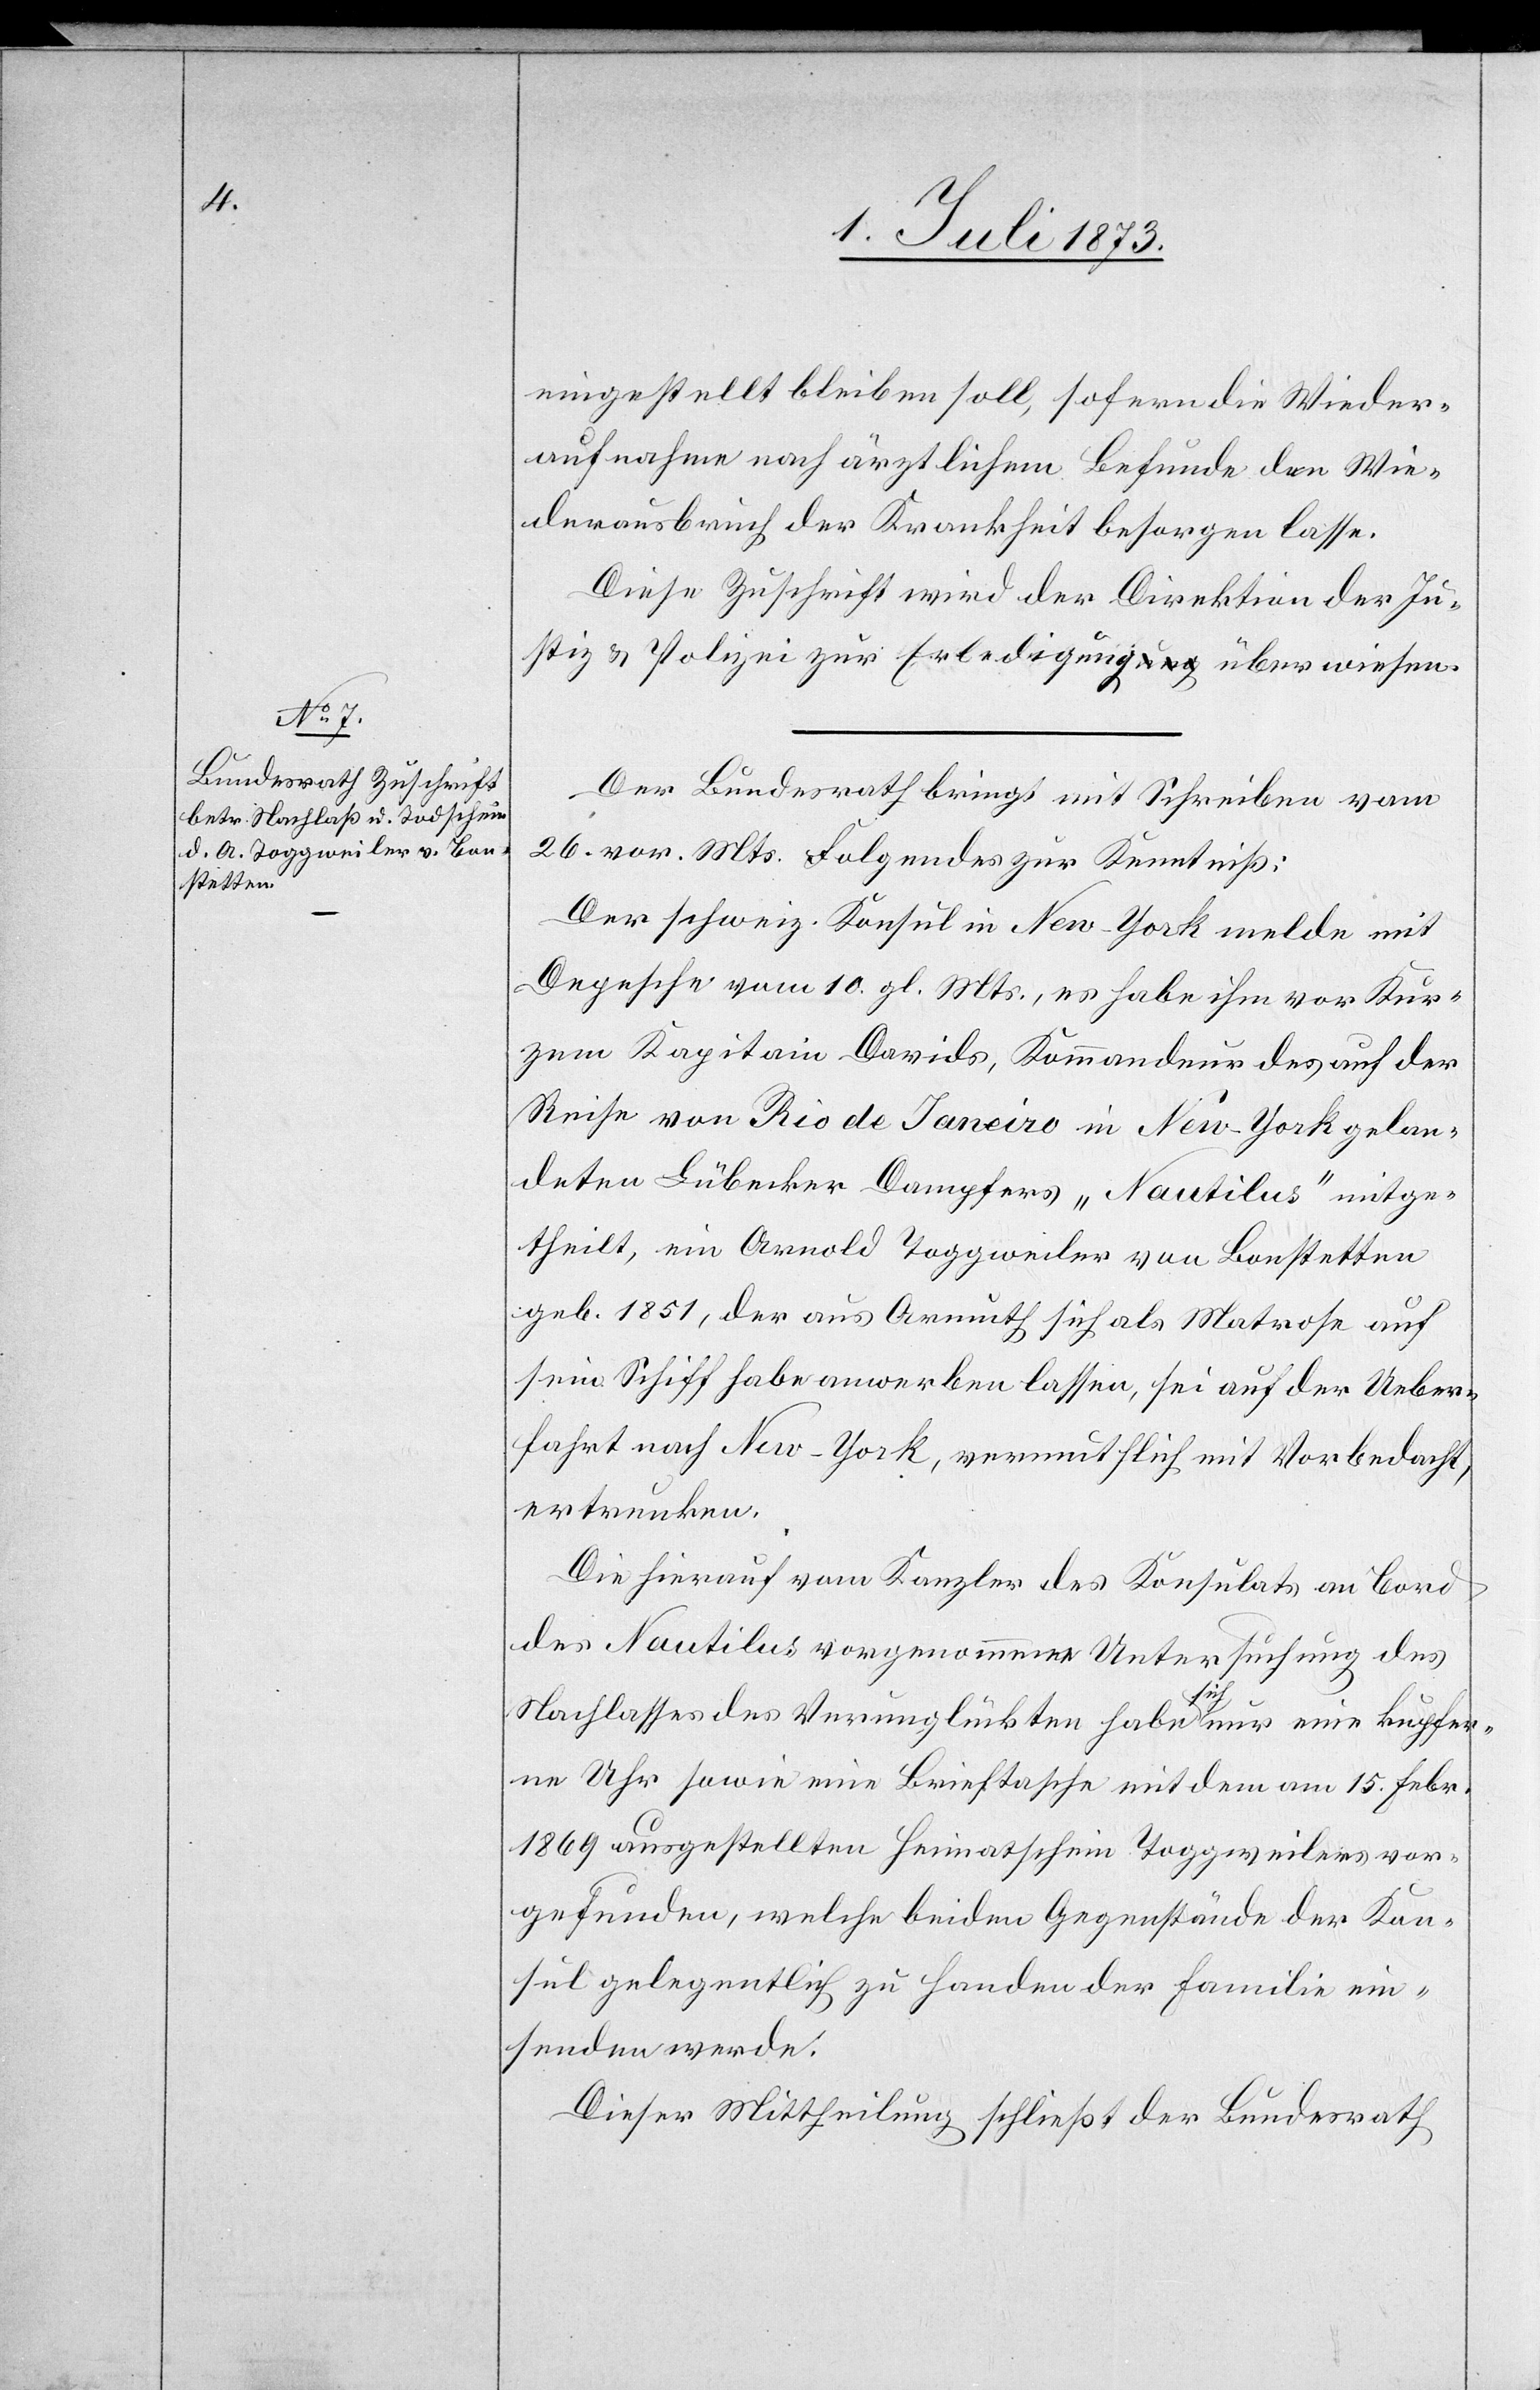
1. Juli 1873.]
eingestellt bleiben soll, sofern die Wieder¬
aufnahme nach ärztlichem Befunde den Wie¬
derausbruch der Krankheit besorgen lasse.
Diese Zuschrift wird der Direktion der Ju¬
stiz & Polizei zur Erledigung überwiesen.
Der Bundesrath bringt mit Schreiben vom
26. vor. Mts. Folgendes zur Kenntniß:
Der schweiz. Konsul in New-York melde mit
Depesche vom 10. gl. Mts., es habe ihm vor Kur¬
zem Kapitain Davids, Kommandeur des auf der
Reise von Rio de Janeiro in New-York gelan¬
deten Lübecker Dampfers „Nautilus“ mitge¬
theilt, ein Arnold Toggweiler von Bonstetten
geb. 1851, der aus Armuth sich als Matrose auf
sein Schiff habe anwerben lassen, sei auf der Ueber¬
fahrt nach New-York, vermuthlich mit Vorbedacht,
ertrunken.
Die hierauf vom Kanzler des Konsulats an Bord
des Nautilus vorgenommene Untersuchung des
Nachlasses des Verunglückten habe sich nur eine kupfer¬
ne Uhr sowie eine Brieftasche mit dem am 15. Febr.
1869 ausgestellten Heimatschein Toggweilers vor¬
gefunden, welche beiden Gegenstände der Kon¬
sul gelegentlich zu Handen der Familie ein¬
senden werde.
Dieser Mittheilung
schließt der Bundesrath